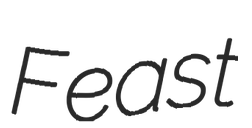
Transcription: Feast